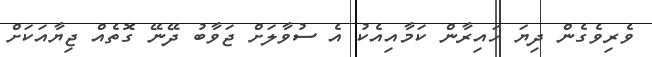
ވެރިވެގެން ދިޔަ ހައިރާން ކަމާއިއެކު އެ ސުވާލަށް ޖަވާބު ދޭނޭ ގޮތެއް ޖިޔާއަކަށް